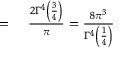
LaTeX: \begin{array} { r l } { = { } } & { { } { \frac { 2 \Gamma ^ { 4 } \left( { \frac { 3 } { 4 } } \right) } { \pi } } = { \frac { 8 \pi ^ { 3 } } { \Gamma ^ { 4 } \left( { \frac { 1 } { 4 } } \right) } } } \end{array}